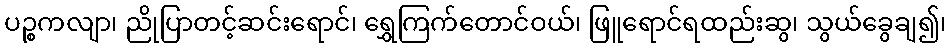
ပဉ္စကလျာ၊ ညိုပြာတင့်ဆင်းရောင်၊ ရွှေကြက်တောင်ဝယ်၊ ဖြူရောင်ရထည်းဆွ၊ သွယ်ခွေချ၍၊